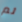
لم